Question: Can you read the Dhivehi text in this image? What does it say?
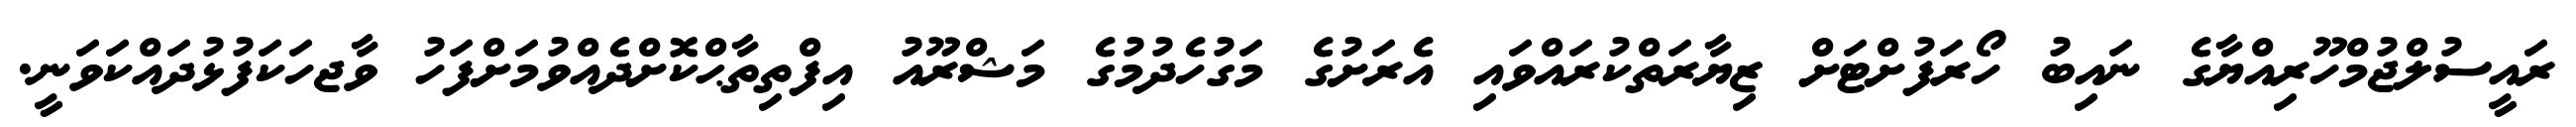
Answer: ރައީސުލްޖުމްހޫރިއްޔާގެ ނައިބު ހޯރަފުށްޓަށް ޒިޔާރަތްކުރައްވައި އެރަށުގެ މަގުހެދުމުގެ މަޝްރޫއު އިފްތިތާޙްކޮށްދެއްވުމަށްފަހު ވާޖހަކަފުޅުދައްކަވަނީ.